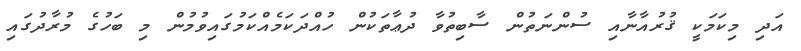
އަދި މިކަމަކީ ޤުރުއާނާއި ސުންނަތުން ސާބިތުވާ ދުޢާތަކުން ހުއްދަކަމެއްކަމުގައިވުމުން މި ބަހުގެ މުރާދުގައި